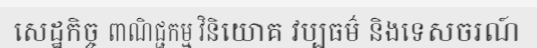
សេដ្ឋកិច្ច ពាណិជ្ជកម្ម វិនិយោគ វប្បធម៌ និងទេសចរណ៍